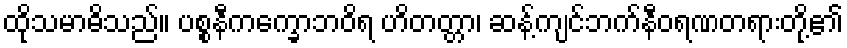
ထိုသမာဓိသည်။ ပစ္စနီကက္ခောဘဝိရ ဟိတတ္တာ၊ ဆန့်ကျင်ဘက်နီဝရဏတရားတို့၏